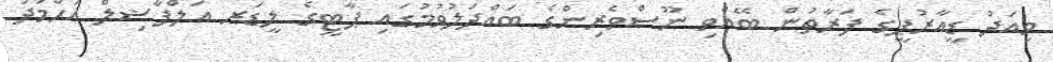
މިއަދު ޑީއާރުޕީގެ ފަރާތުން ބޭއްވި ނޫސްވެރިންގެ ބައްދަލުވުމުގައި ޕާޓީގެ ލީޑަރ އަލްފާޟިލް އަޙްމަދު